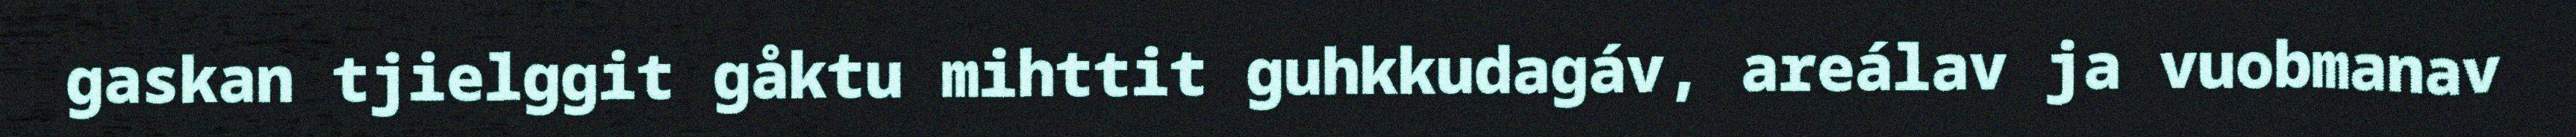
gaskan tjielggit gåktu mihttit guhkkudagáv, areálav ja vuobmanav